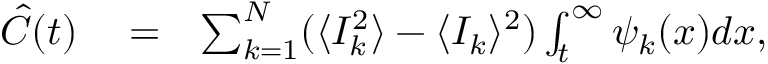
\begin{array} { r l r } { \hat { C } ( t ) } & { { } = } & { \sum _ { k = 1 } ^ { N } ( \langle I _ { k } ^ { 2 } \rangle - \langle I _ { k } \rangle ^ { 2 } ) \int _ { t } ^ { \infty } \psi _ { k } ( x ) d x , } \end{array}